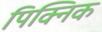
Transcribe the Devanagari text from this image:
पिक्निक